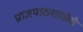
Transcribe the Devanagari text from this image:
प्राज्ञपाठशाळेचे